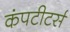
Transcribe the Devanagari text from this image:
कंपटीटर्स